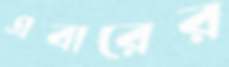
এবারের